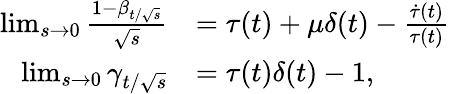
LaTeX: \begin{array}{rl}{\operatorname*{lim}_{s\rightarrow 0}\frac{1-\beta_{t/\sqrt{s}}}{\sqrt{s}}}&{=\tau(t)+\mu\delta(t)-\frac{\dot{\tau}(t)}{\tau(t)}}\\ {\operatorname*{lim}_{s\rightarrow 0}\gamma_{t/\sqrt{s}}}&{=\tau(t)\delta(t)-1,}\end{array}